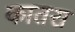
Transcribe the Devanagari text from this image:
कातरा